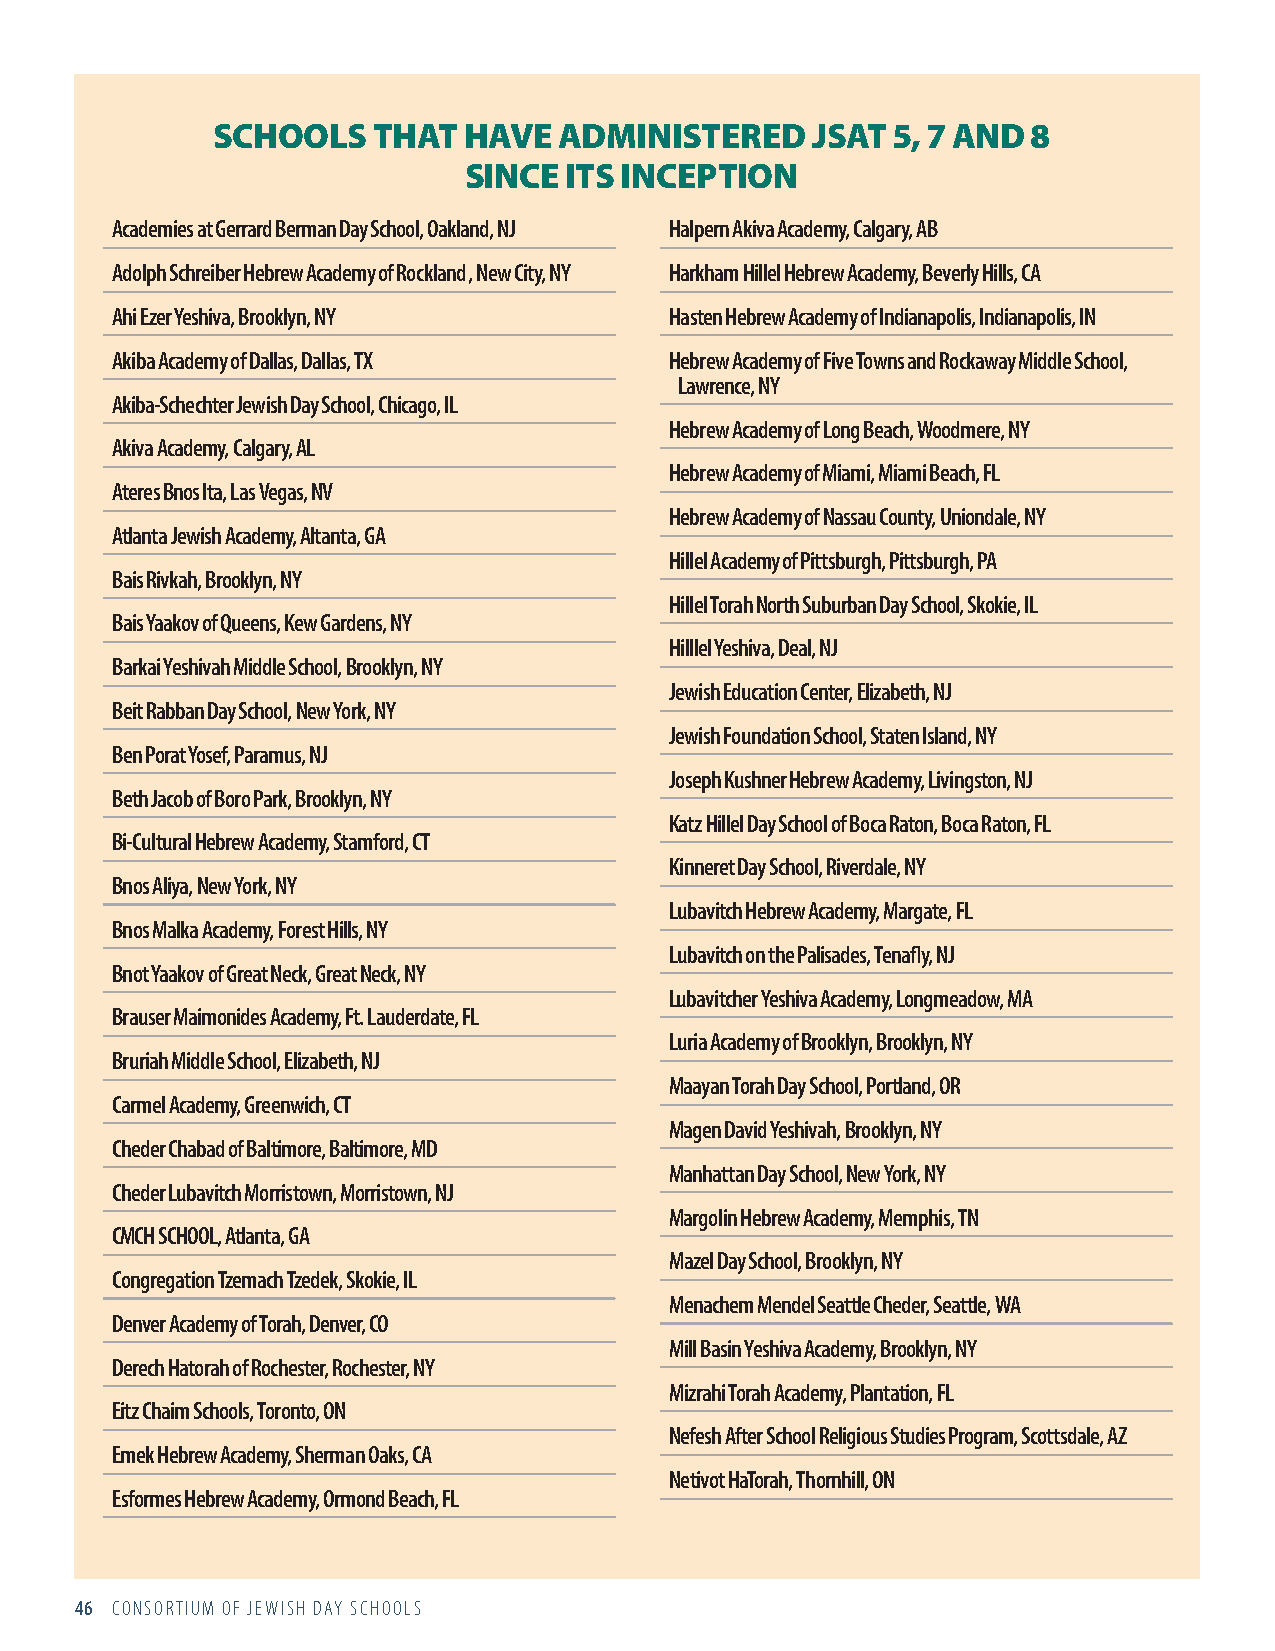
SCHOOLS    THAT  HAVE  ADMINISTERED     JSAT 5, 7 AND 8
 SINCE ITS INCEPTION
 Academies at Gerrard Berman Day School, Oakland, NJ Halpern Akiva Academy, Calgary, AB
 Adolph Schreiber Hebrew Academy of Rockland , New City, NY Harkham Hillel Hebrew Academy, Beverly Hills, CA
 Ahi Ezer Yeshiva, Brooklyn, NY       Hasten Hebrew Academy of Indianapolis, Indianapolis, IN
 Akiba Academy of Dallas, Dallas, TX  Hebrew Academy of Five Towns and Rockaway Middle School,
 Lawrence, NY
 Akiba-Schechter Jewish Day School, Chicago, IL
 Hebrew Academy of Long Beach, Woodmere, NY
 Akiva Academy, Calgary, AL
 Hebrew Academy of Miami, Miami Beach, FL
 Ateres Bnos Ita, Las Vegas, NV
 Hebrew Academy of Nassau County, Uniondale, NY
 Atlanta Jewish Academy, Altanta, GA
 Hillel Academy of Pittsburgh, Pittsburgh, PA
 Bais Rivkah, Brooklyn, NY
 Hillel Torah North Suburban Day School, Skokie, IL
 Bais Yaakov of Queens, Kew Gardens, NY
 Hilllel Yeshiva, Deal, NJ
 Barkai Yeshivah Middle School, Brooklyn, NY
 Jewish Education Center, Elizabeth, NJ
 Beit Rabban Day School, New York, NY
 Jewish Foundation School, Staten Island, NY
 Ben Porat Yosef, Paramus, NJ
 Joseph Kushner Hebrew Academy, Livingston, NJ
 Beth Jacob of Boro Park, Brooklyn, NY
 Katz Hillel Day School of Boca Raton, Boca Raton, FL
 Bi-Cultural Hebrew Academy, Stamford, CT
 Kinneret Day School, Riverdale, NY
 Bnos Aliya, New York, NY
 Lubavitch Hebrew Academy, Margate, FL
 Bnos Malka Academy, Forest Hills, NY
 Lubavitch on the Palisades, Tenafly, NJ
 Bnot Yaakov of Great Neck, Great Neck, NY
 Lubavitcher Yeshiva Academy, Longmeadow, MA
 Brauser Maimonides Academy, Ft. Lauderdate, FL
 Luria Academy of Brooklyn, Brooklyn, NY
 Bruriah Middle School, Elizabeth, NJ
 Maayan Torah Day School, Portland, OR
 Carmel Academy, Greenwich, CT
 Magen David Yeshivah, Brooklyn, NY
 Cheder Chabad of Baltimore, Baltimore, MD
 Manhattan Day School, New York, NY
 Cheder Lubavitch Morristown, Morristown, NJ
 Margolin Hebrew Academy, Memphis , TN
 CMCH SCHOOL, Atlanta, GA
 Mazel Day School, Brooklyn, NY
 Congregation Tzemach Tzedek, Skokie, IL
 Menachem Mendel Seattle Cheder, Seattle, WA
 Denver Academy of Torah, Denver, CO
 Mill Basin Yeshiva Academy, Brooklyn, NY
 Derech Hatorah of Rochester, Rochester, NY
 Mizrahi Torah Academy, Plantation, FL
 Eitz Chaim Schools, Toronto, ON
 Nefesh After School Religious Studies Program, Scottsdale, AZ
 Emek Hebrew Academy, Sherman Oaks, CA
 Netivot HaTorah, Thornhill, ON
 Esformes Hebrew Academy, Ormond Beach, FL
 46 CONSORTIUM OF JEWISH DAY SCHOOLS